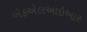
એફએલઆઇઆર